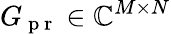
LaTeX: G_{\mathrm{~p~r~}}\in\mathbb{C}^{M\times N}